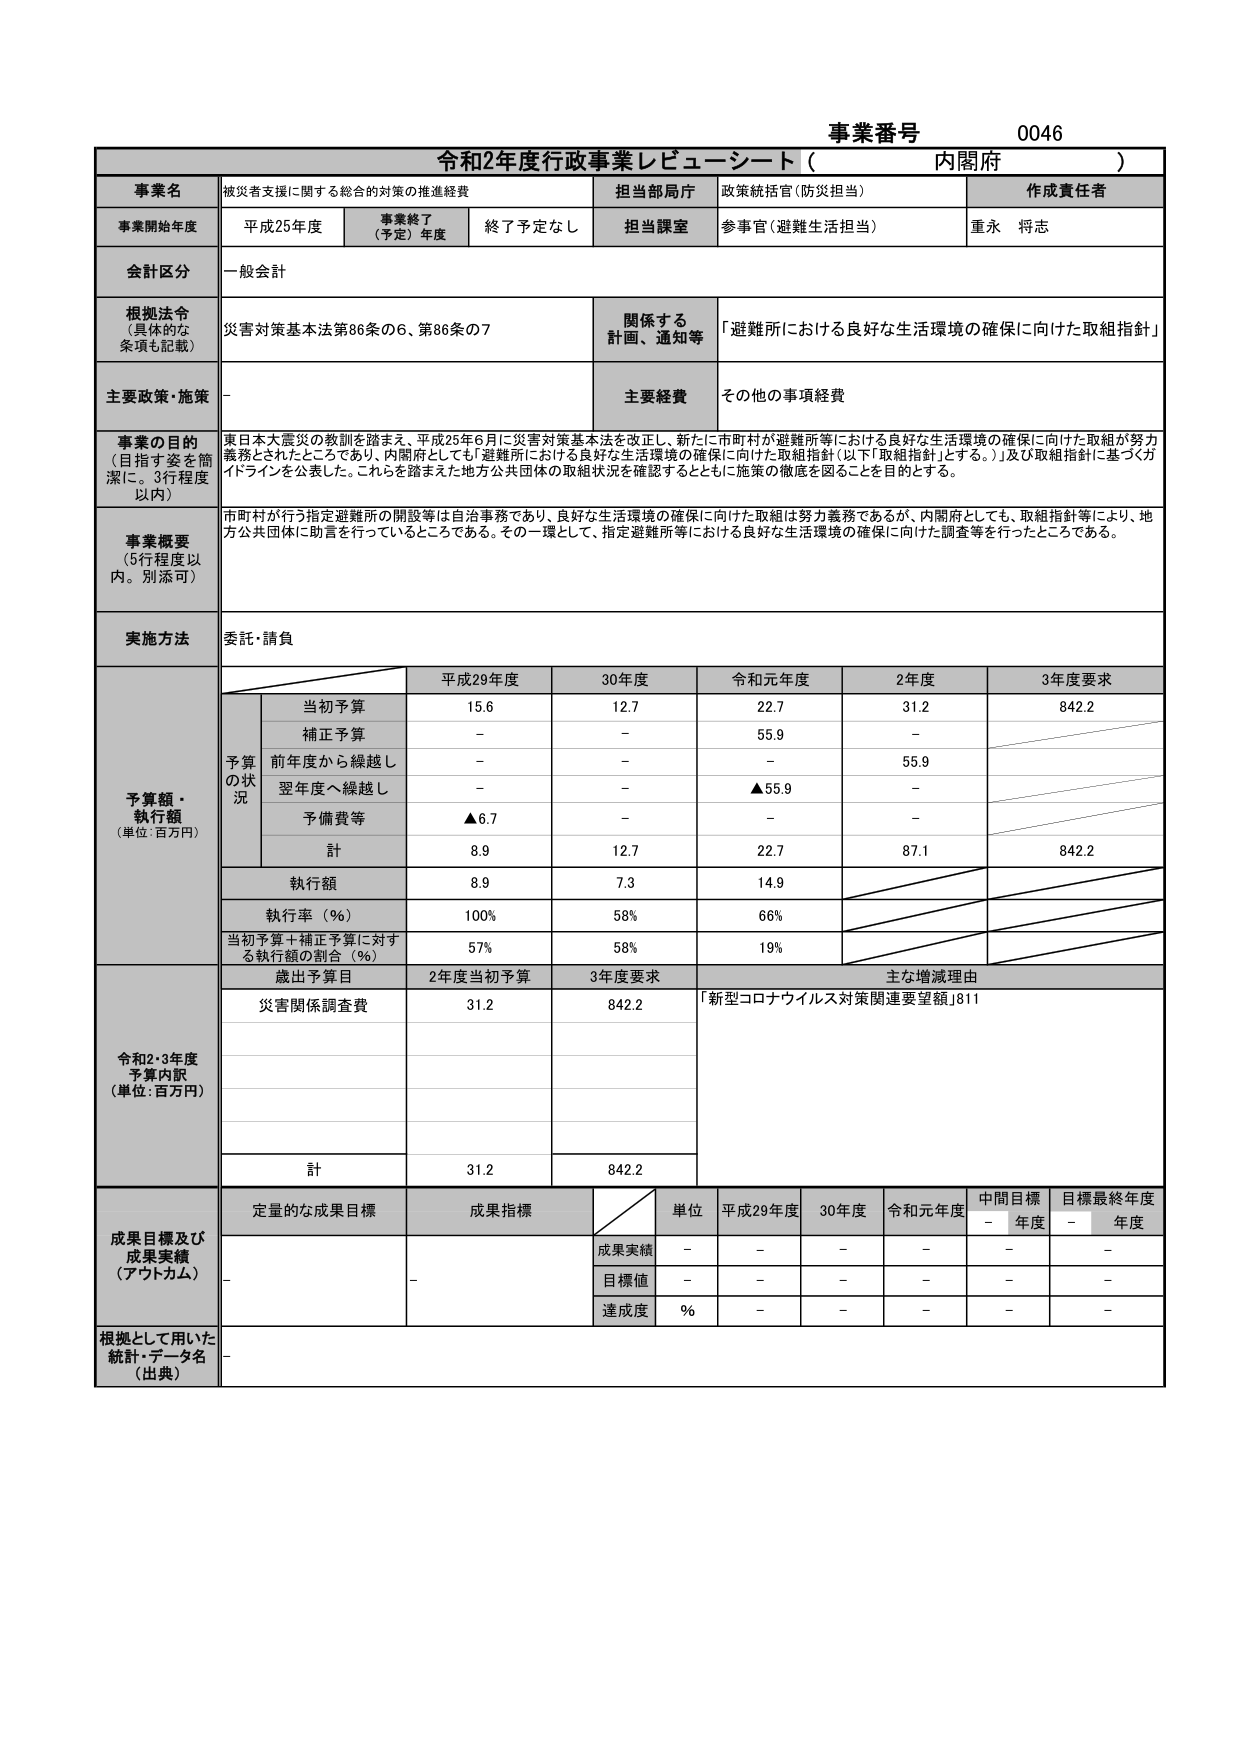
事業番号 0046
令和2年度行政事業レビュー・シート（内閣府）

事業名 被災者支援に関する総合的対策の推進経費
担当部局庁 政策統括官（防災担当）
作成責任者 重永 将志

事業開始年度 平成25年度
事業終了（予定）年度 終了予定なし
担当課室 参事官（避難生活担当）

会計区分 一般会計

根拠法令（具体的な条項も記載） 災害対策基本法第86条の6、第86条の7
関係する計画、通知等 「避難所における良好な生活環境の確保に向けた取組指針」

主要政策・施策 -
主要経費 その他の事項経費

事業の目的（目指す姿を簡潔に。3行程度以内）
東日本大震災の教訓を踏まえ、平成25年6月に災害対策基本法を改正し、新たに市町村が避難所等における良好な生活環境の確保に向けた取組が努力義務とされたところであり、内閣府としても「避難所における良好な生活環境の確保に向けた取組指針（以下「取組指針」とする。）」及び取組指針に基づくガイドラインを公表した。これらを踏まえた地方公共団体の取組状況を確認するとともに施策の徹底を図ることを目的とする。

事業概要（5行程度以内。別添可）
市町村が行う指定避難所の開設等は自治事務であり、良好な生活環境の確保に向けた取組は努力義務であるが、内閣府としても、取組指針等により、地方公共団体に助言を行っているところである。その一環として、指定避難所等における良好な生活環境の確保に向けた調査等を行ったところである。

実施方法 委託・請負

予算額・執行額（単位：百万円）
平成29年度 30年度 令和元年度 2年度 3年度要求
予算の状況
当初予算 15.6 12.7 22.7 31.2 842.2
補正予算 - - 55.9 -
前年度から繰越し - - - 55.9
翌年度へ繰越し - - ▲55.9 -
予備費等 ▲6.7 - - -
計 8.9 12.7 22.7 87.1 842.2
執行額 8.9 7.3 14.9
執行率（％） 100% 58% 66%
当初予算＋補正予算に対する執行額の割合（％） 57% 58% 19%

令和2・3年度予算内訳（単位：百万円）
歳出予算目 2年度当初予算 3年度要求 主な増減理由
災害関係調査費 31.2 842.2 「新型コロナウイルス対策関連要望額」811
計 31.2 842.2

成果目標及び成果実績（アウトカム）
定量的な成果目標 成果指標 単位 平成29年度 30年度 令和元年度 中間目標年度 目標最終年度
成果実績 - - - - - -
目標値 - - - - - -
達成度 % - - - - -

根拠として用いた統計・データ名（出典） -